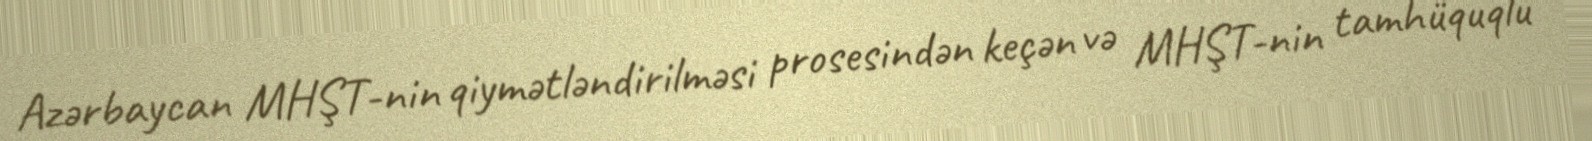
Azərbaycan MHŞT-nin qiymətləndirilməsi prosesindən keçən və MHŞT-nin tamhüquqlu